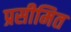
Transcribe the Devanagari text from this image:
प्रसीमित